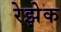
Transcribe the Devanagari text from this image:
रेझेक